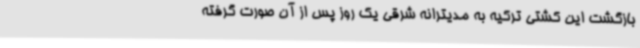
بازگشت این کشتی ترکیه به مدیترانه شرقی یک روز پس از آن صورت گرفته